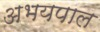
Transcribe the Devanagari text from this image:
अभयपाल